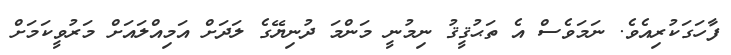
ފާހަގަކުރިއެވެ. ނަމަވެސް އެ ތަޙުޤީޤު ނިމުނީ މަންމަ ދުނިޔޭގެ ލަދަށް އަމިއްލައަށް މަރުވީކަމަށް